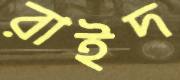
রাইদ